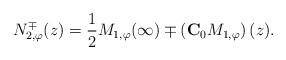
LaTeX: \begin{align*}N_{2,\varphi}^{\mp}(z) = \frac{1}{2} {M}_{1,\varphi}(\infty)\mp \left({\bf C}_{0} {M}_{1,\varphi}\right)(z).\end{align*}